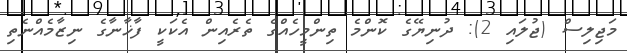
މަޖިލިސް (ޖުލައި 2): ދުނިޔޭގެ ކޮންމެ ތިންމީހެއްގެ ތެރެއިން އެކަކީ ފާޚާނާގެ ނިޒާމެއްނެތި